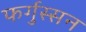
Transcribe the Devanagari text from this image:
फर्गुस्सन